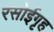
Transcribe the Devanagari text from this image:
रसोईगृह